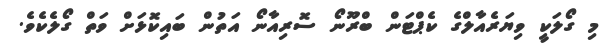
މި ގޯލަކީ ވިޔަރެއާލްގެ ކެޕްޓަން ބްރޫނޯ ސޮރިއާނޯ އަތުން ބައިކޮޅަށް ވަތް ގޯލެކެވެ.